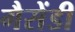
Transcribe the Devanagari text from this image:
गैसेंडी